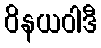
ဝိနယဝါဒီ